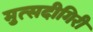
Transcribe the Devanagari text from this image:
मुत्सदीगिरी